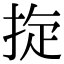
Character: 𢭀